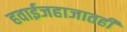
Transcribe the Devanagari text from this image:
हवाईजहाजातही